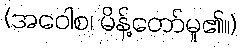
(အဝေါစ၊ မိန့်တော်မူ၏။)